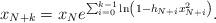
LaTeX: \begin{align*}x_{N+k} = x_N e^{\sum_{i=0}^{k-1} \ln\left(1-h_{N+i} x_{N+i}^2 \right)}.\end{align*}